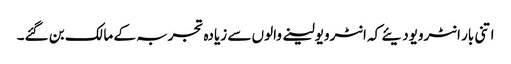
اتنی بار انٹرویودیئے کہ انٹرویولینے والوں سے زیادہ تجربہ کے مالک بن گئے۔